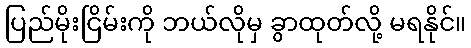
ပြည်မိုးငြိမ်းကို ဘယ်လိုမှ ခွာထုတ်လို့ မရနိုင်။